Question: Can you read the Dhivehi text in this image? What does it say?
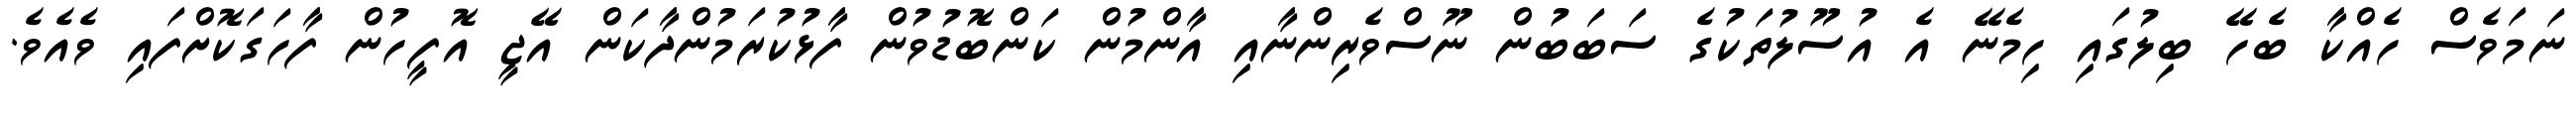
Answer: ނަމަވެސް ހެއްކާ ބެހޭ ބިލުގައި ހިމެނޭ އެ އުސޫލުތަކުގެ ސަބަބުން ނޫސްވެރިންނާއި އާންމުން ކަންބޮޑުވުން ފާޅުކުރަމުންދާކަން އޭޖީ އޮފީހުން ފާހަގަކޮށްފައި ވެއެވެ.